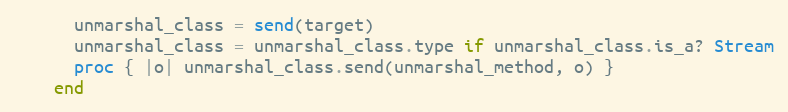
Language: Ruby
      unmarshal_class = send(target)
      unmarshal_class = unmarshal_class.type if unmarshal_class.is_a? Stream
      proc { |o| unmarshal_class.send(unmarshal_method, o) }
    end